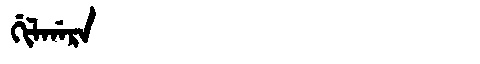
Manchu: ᡤᡳᠯᡤᠠᡵᠠ
Romanization: GILGARA